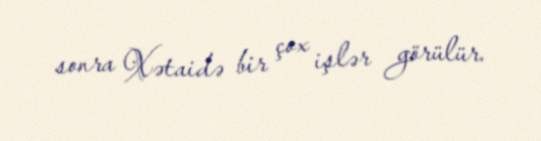
sonra Xətaidə bir çox işlər görülür.